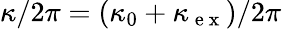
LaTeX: \kappa/2\pi=(\kappa_{0}+\kappa_{\mathrm{~e~x~}})/2\pi